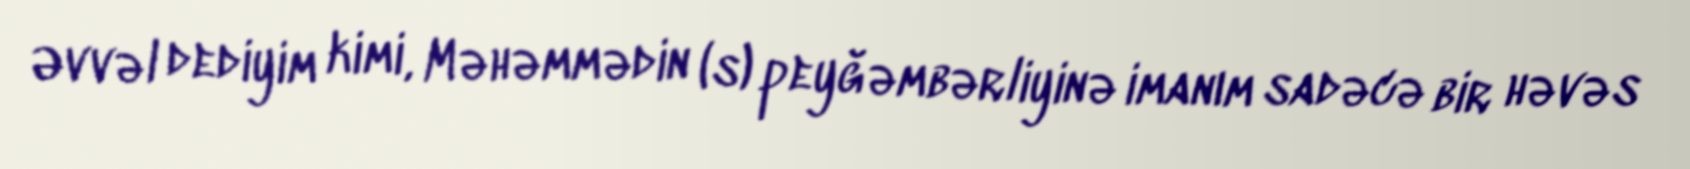
Əvvəl dediyim kimi, Məhəmmədin (s) peyğəmbərliyinə imanım sadəcə bir həvəs